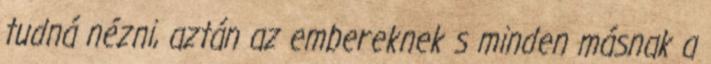
tudná nézni, aztán az embereknek s minden másnak a